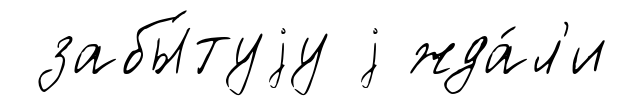
забы́туjу j жда́л'и